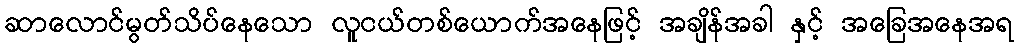
ဆာလောင်မွတ်သိပ်နေသော လူငယ်တစ်ယောက်အနေဖြင့် အချိန်အခါ နှင့် အခြေအနေအရ